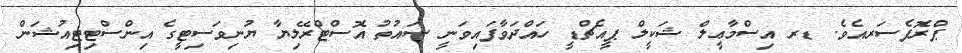
ޕްރޮފެސަރއެވެ. ޑރ އިސްމާޢީލް ޝަކީލް ޕީއެޗްޑީ ހައްދަވާފައިވަނީ ސައުތު އޮސްޓްރޭލިޔާ ޔުނިވަސިޓީގެ އިންސްޓިޓިއުޝަން